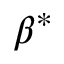
\beta ^ { * }